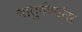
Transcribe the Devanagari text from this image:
चातुर्वर्ण्यास